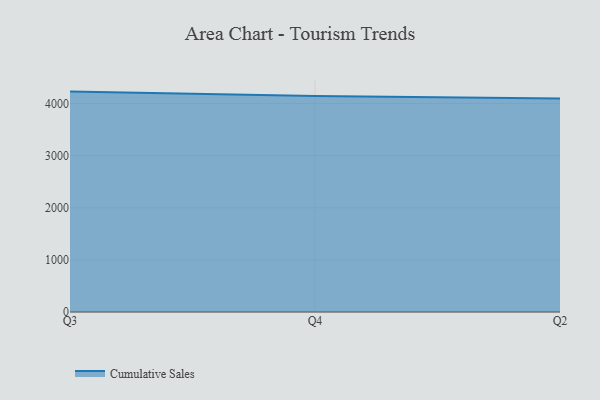
{"axis": {"x": "Quarter", "y": "Tickets Resolved"}, "legend": ["Cumulative Sales"], "data": [{"x": "Q3", "y": 4227.1, "type": "Cumulative Sales"}, {"x": "Q4", "y": 4144.0, "type": "Cumulative Sales"}, {"x": "Q2", "y": 4092.5, "type": "Cumulative Sales"}]}